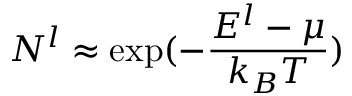
N _ { } ^ { l } \approx \exp ( - \frac { E ^ { l } - \mu } { k _ { B } T } )